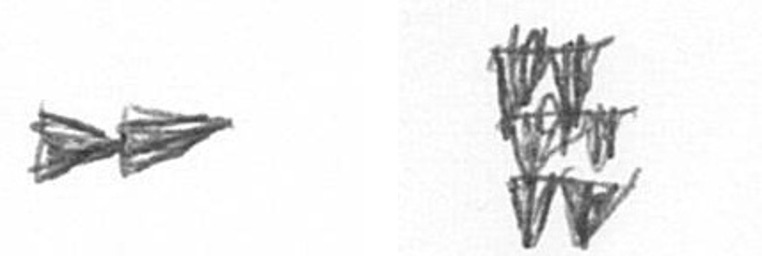
A Y